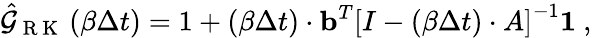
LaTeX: \hat{\mathcal{G}}_{\mathrm{~R~K~}}\left(\beta\Delta t\right)=1+(\beta\Delta t)\cdot{\mathbf b}^{T}\left[I-(\beta\Delta t)\cdot A\right]^{-1}{\mathbf 1}\ ,